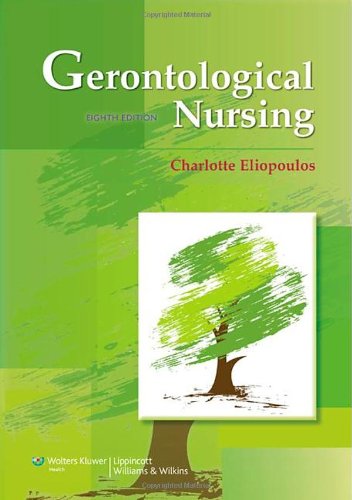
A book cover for Gerontological Nursing; Charlotte Eliopoulos RN  MPH  PhD; Medical Books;